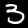
Label: 3